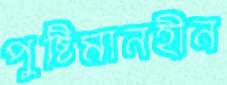
পুষ্টিমানহীন